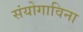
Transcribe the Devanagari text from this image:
संयोगाविना